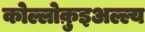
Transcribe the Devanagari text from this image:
कोल्लोक़ुइअल्ल्य